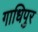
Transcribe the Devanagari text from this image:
गाधिपुर